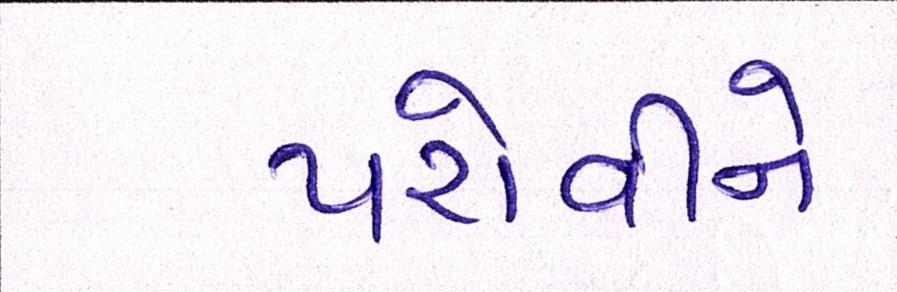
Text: પરોવીને